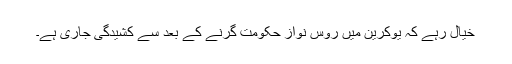
خیال رہے کہ یوکرین میں روس نواز حکومت گرنے کے بعد سے کشیدگی جاری ہے۔